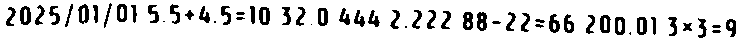
2025/01/01 5.5+4.5=10 32.0 444 2.222 88-22=66 200.01 3×3=9